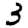
Digit: 3